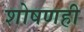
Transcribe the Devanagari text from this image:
शोषणही